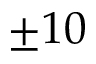
\pm 1 0